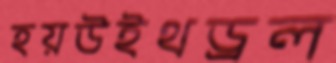
হয়উইথড্রল